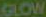
GLOW